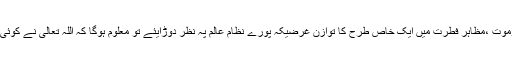
موسموں کا تغیر وتبدل،گردش روز وشب،پیدائش وموت ،مظاہر فطرت میں ایک خاص طرح کا توازن غرضیکہ پورے نظام عالم پہ نظر دوڑایئے تو معلوم ہوگا کہ اللہ تعالیٰ نے کوئی بھی شے بے کار وبے فائدہ پیدا نہیں فرمائی ہے ۔